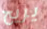
يريح